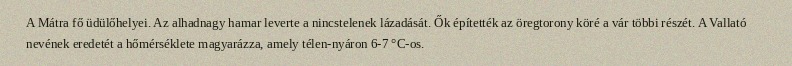
A Mátra fő üdülőhelyei. Az alhadnagy hamar leverte a nincstelenek lázadását. Ők építették az öregtorony köré a vár többi részét. A Vallató nevének eredetét a hőmérséklete magyarázza, amely télen-nyáron 6-7 °C-os.